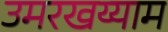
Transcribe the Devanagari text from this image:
उमरखय्याम